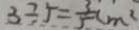
3 \div 5 = \frac { 3 } { 5 } ( m ^ { 2 }